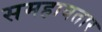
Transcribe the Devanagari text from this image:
समहावतार